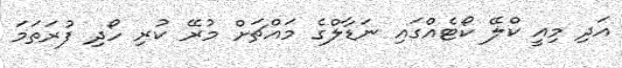
އަދި މިއީ ކްލޭ ކޯޓެއްގައި ނަޑާލްގެ މައްޗަށް މުރޭ ކުރި ހޯދި ފުރަތަމަ